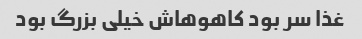
غذا سر بود کاهوهاش خیلی بزرگ بود